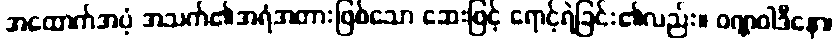
အထောက်အပံ့ အသက်၏အရံအတားဖြစ်သော ဆေးဖြင့် ရောင့်ရဲခြင်း၏လည်း။ ဝဏ္ဏဝါဒီနော၊